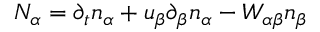
N _ { \alpha } = \partial _ { t } n _ { \alpha } + u _ { \beta } \partial _ { \beta } n _ { \alpha } - W _ { \alpha \beta } n _ { \beta }